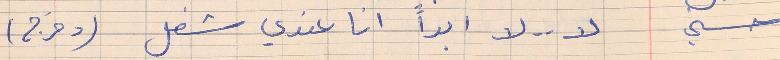
حسني     لا . . لا ابداً انا عندي شغل (وخرج)